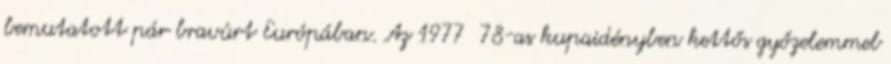
bemutatott pár bravúrt Európában. Az 1977 78-as kupaidényben kettős győzelemmel